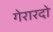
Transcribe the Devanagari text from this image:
गेरारदो